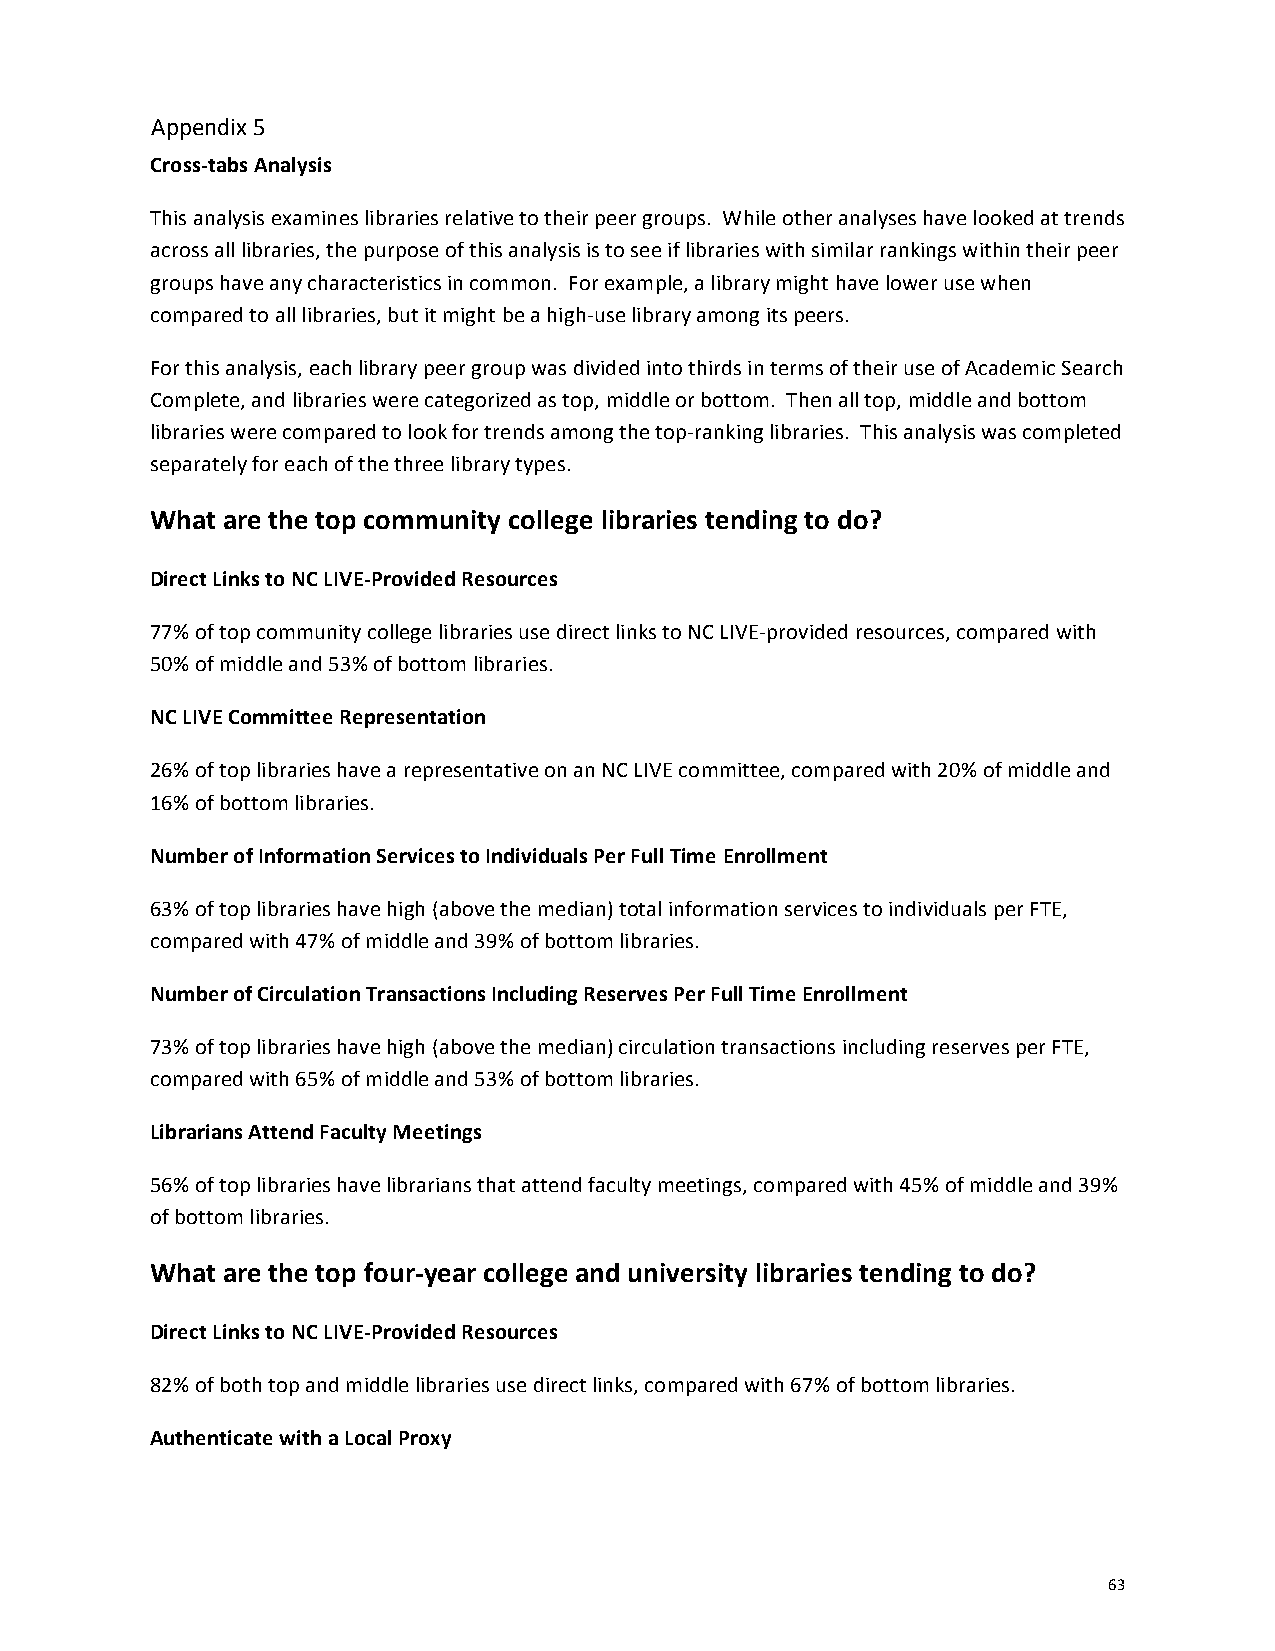
Cross-­‐tabs Analysis
 This analysis examines libraries relative to their peer groups. While other analyses have looked at trends
 across all libraries, the purpose of this analysis is to see if libraries with similar rankings within their peer
 groups have any characteristics in common. For example, a library might have lower use when
 compared to all libraries, but it might be a high-­‐use library among its peers.
 For this analysis, each library peer group was divided into thirds in terms of their use of Academic Search
 Complete, and libraries were categorized as top, middle or bottom. Then all top, middle and bottom
 libraries were compared to look for trends among the top-­‐ranking libraries. This analysis was completed
 separately for each of the three library types.
 What are the top community college libraries tending to do?
 Direct Links to NC LIVE-­‐Provided Resources
 77% of top community college libraries use direct links to NC LIVE-­‐provided resources, compared with
 50% of middle and 53% of bottom libraries.
 NC LIVE Committee Representation
 26% of top libraries have a representative on an NC LIVE committee, compared with 20% of middle and
 16% of bottom libraries.
 Number of Information Services to Individuals Per Full Time Enrollment
 63% of top libraries have high (above the median) total information services to individuals per FTE,
 compared with 47% of middle and 39% of bottom libraries.
 Number of Circulation Transactions Including Reserves Per Full Time Enrollment
 73% of top libraries have high (above the median) circulation transactions including reserves per FTE,
 compared with 65% of middle and 53% of bottom libraries.
 Librarians Attend Faculty Meetings
 56% of top libraries have librarians that attend faculty meetings, compared with 45% of middle and 39%
 of bottom libraries.
 What are the top four-­‐year college and university libraries tending to do?
 Direct Links to NC LIVE-­‐Provided Resources
 82% of both top and middle libraries use direct links, compared with 67% of bottom libraries.
 Authenticate with a Local Proxy
 63